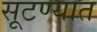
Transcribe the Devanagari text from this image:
सूटण्यात